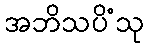
အဘိသပိံသု